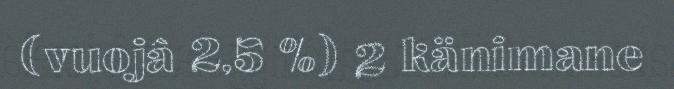
(vuojâ 2,5 %) 2 känimane